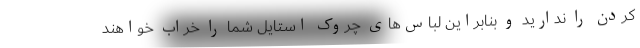
کردن را ندارید و بنابراین لباس‌های چروک استایل شما را خراب خواهند